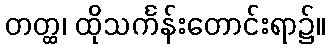
တတ္ထ၊ ထိုသင်္ကန်းတောင်းရာ၌။